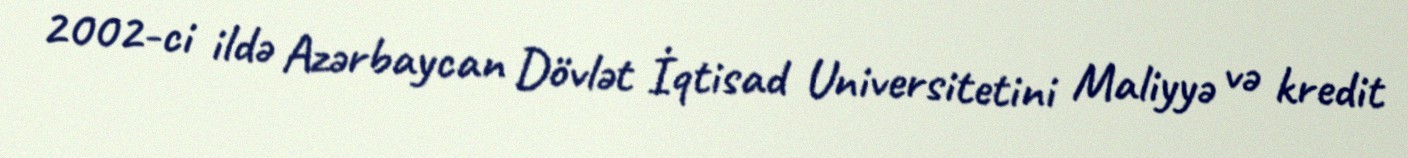
2002-ci ildə Azərbaycan Dövlət İqtisad Universitetini Maliyyə və kredit